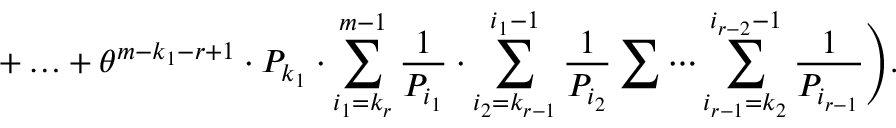
+ \ldots + \theta ^ { m - k _ { 1 } - r + 1 } \cdot P _ { k _ { 1 } } \cdot \sum _ { i _ { 1 } = k _ { r } } ^ { m - 1 } \frac { 1 } { P _ { i _ { 1 } } } \cdot \sum _ { i _ { 2 } = k _ { r - 1 } } ^ { i _ { 1 } - 1 } \frac { 1 } { P _ { i _ { 2 } } } \sum \cdots \sum _ { i _ { r - 1 } = k _ { 2 } } ^ { i _ { r - 2 } - 1 } \frac { 1 } { P _ { i _ { r - 1 } } } \Bigg ) .